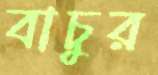
বাচুর